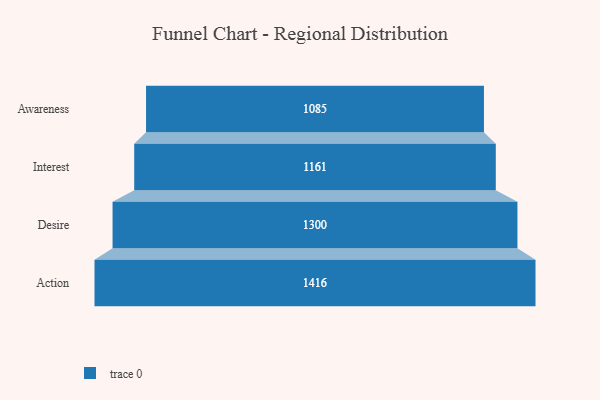
{"axis": {"x": "Stage", "y": "Value"}, "legend": [""], "data": [{"x": "Awareness", "y": 1085.0, "type": ""}, {"x": "Interest", "y": 1161.0, "type": ""}, {"x": "Desire", "y": 1300.0, "type": ""}, {"x": "Action", "y": 1416.0, "type": ""}]}